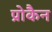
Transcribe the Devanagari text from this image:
प्रोकैन